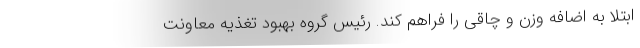
ابتلا به اضافه وزن و چاقی را فراهم کند. رئیس گروه بهبود تغذیه معاونت